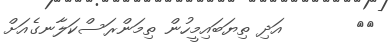
٦١       އަދި ތިޔަބައިމީހުން ތިމަންރަސްކަލާނގެއަށް